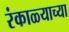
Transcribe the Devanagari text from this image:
रंकाळ्याच्या